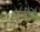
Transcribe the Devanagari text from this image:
छतरीयों